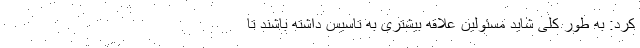
کرد: به طور کلی شاید مسئولین علاقه بیشتری به تاسیس داشته باشند تا